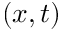
( x , t )